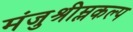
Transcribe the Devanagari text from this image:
मंजुश्रीम्लकल्प